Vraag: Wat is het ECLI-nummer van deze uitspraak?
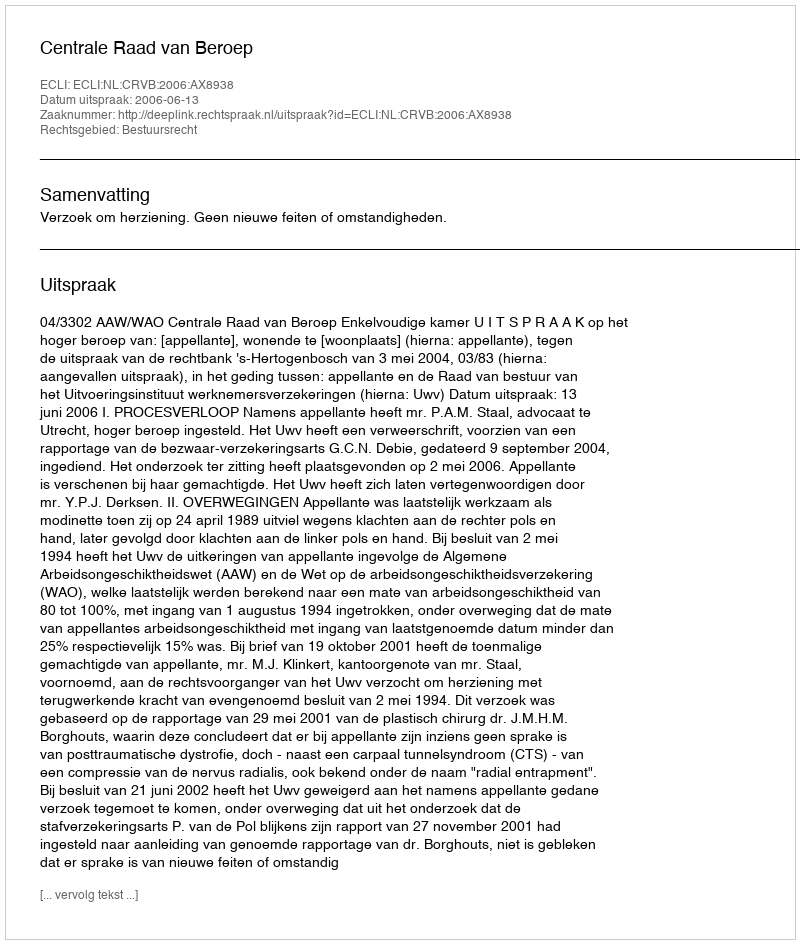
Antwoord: ECLI:NL:CRVB:2006:AX8938